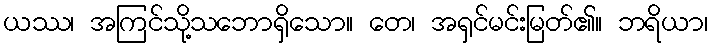
ယဿ၊ အကြင်သို့သဘောရှိသော။ တေ၊ အရှင်မင်းမြတ်၏။ ဘရိယာ၊